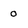
Character: 0